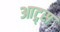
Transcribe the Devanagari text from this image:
आट्र्स